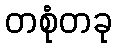
တစုံတခု